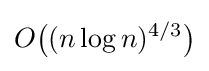
O{\bigl (}(n\log n)^{4/3}{\bigr )}